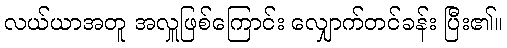
လယ်ယာအတူ အလှူဖြစ်ကြောင်း လျှောက်တင်ခန်း ပြီး၏။